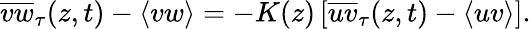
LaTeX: \overline{{vw}}_{\tau}(z,t)-\langle vw\rangle=-K(z)\left[\overline{{uv}}_{\tau}(z,t)-\langle uv\rangle\right].